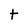
Character: t